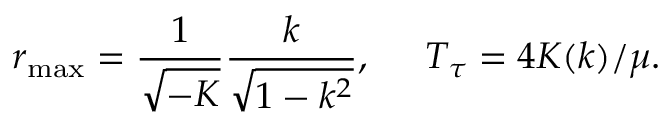
r _ { \mathrm { m a x } } = \frac { 1 } { \sqrt { - K } } \frac { k } { \sqrt { 1 - k ^ { 2 } } } , \; \; \; \; \; T _ { \tau } = 4 K ( k ) / \mu .